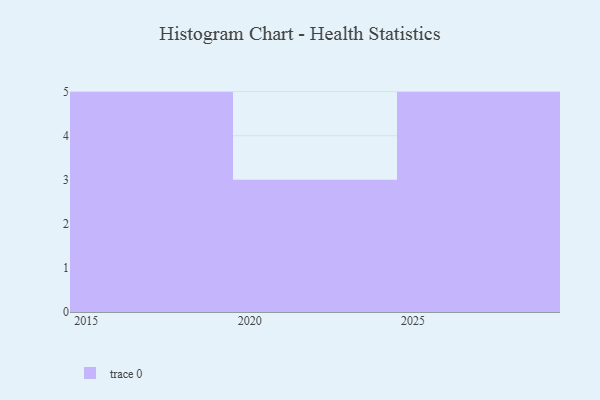
{"axis": {"x": "Year", "y": "Production Output"}, "legend": [""], "data": [{"x": "2025", "y": 89, "type": ""}, {"x": "2021", "y": 80, "type": ""}, {"x": "2029", "y": 38, "type": ""}, {"x": "2017", "y": 24, "type": ""}, {"x": "2015", "y": 1, "type": ""}, {"x": "2027", "y": 74, "type": ""}, {"x": "2024", "y": 91, "type": ""}, {"x": "2028", "y": 91, "type": ""}, {"x": "2016", "y": 48, "type": ""}, {"x": "2018", "y": 95, "type": ""}, {"x": "2026", "y": 65, "type": ""}, {"x": "2023", "y": 5, "type": ""}, {"x": "2019", "y": 14, "type": ""}]}